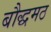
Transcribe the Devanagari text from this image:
बौद्धमठ